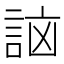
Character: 𧧣